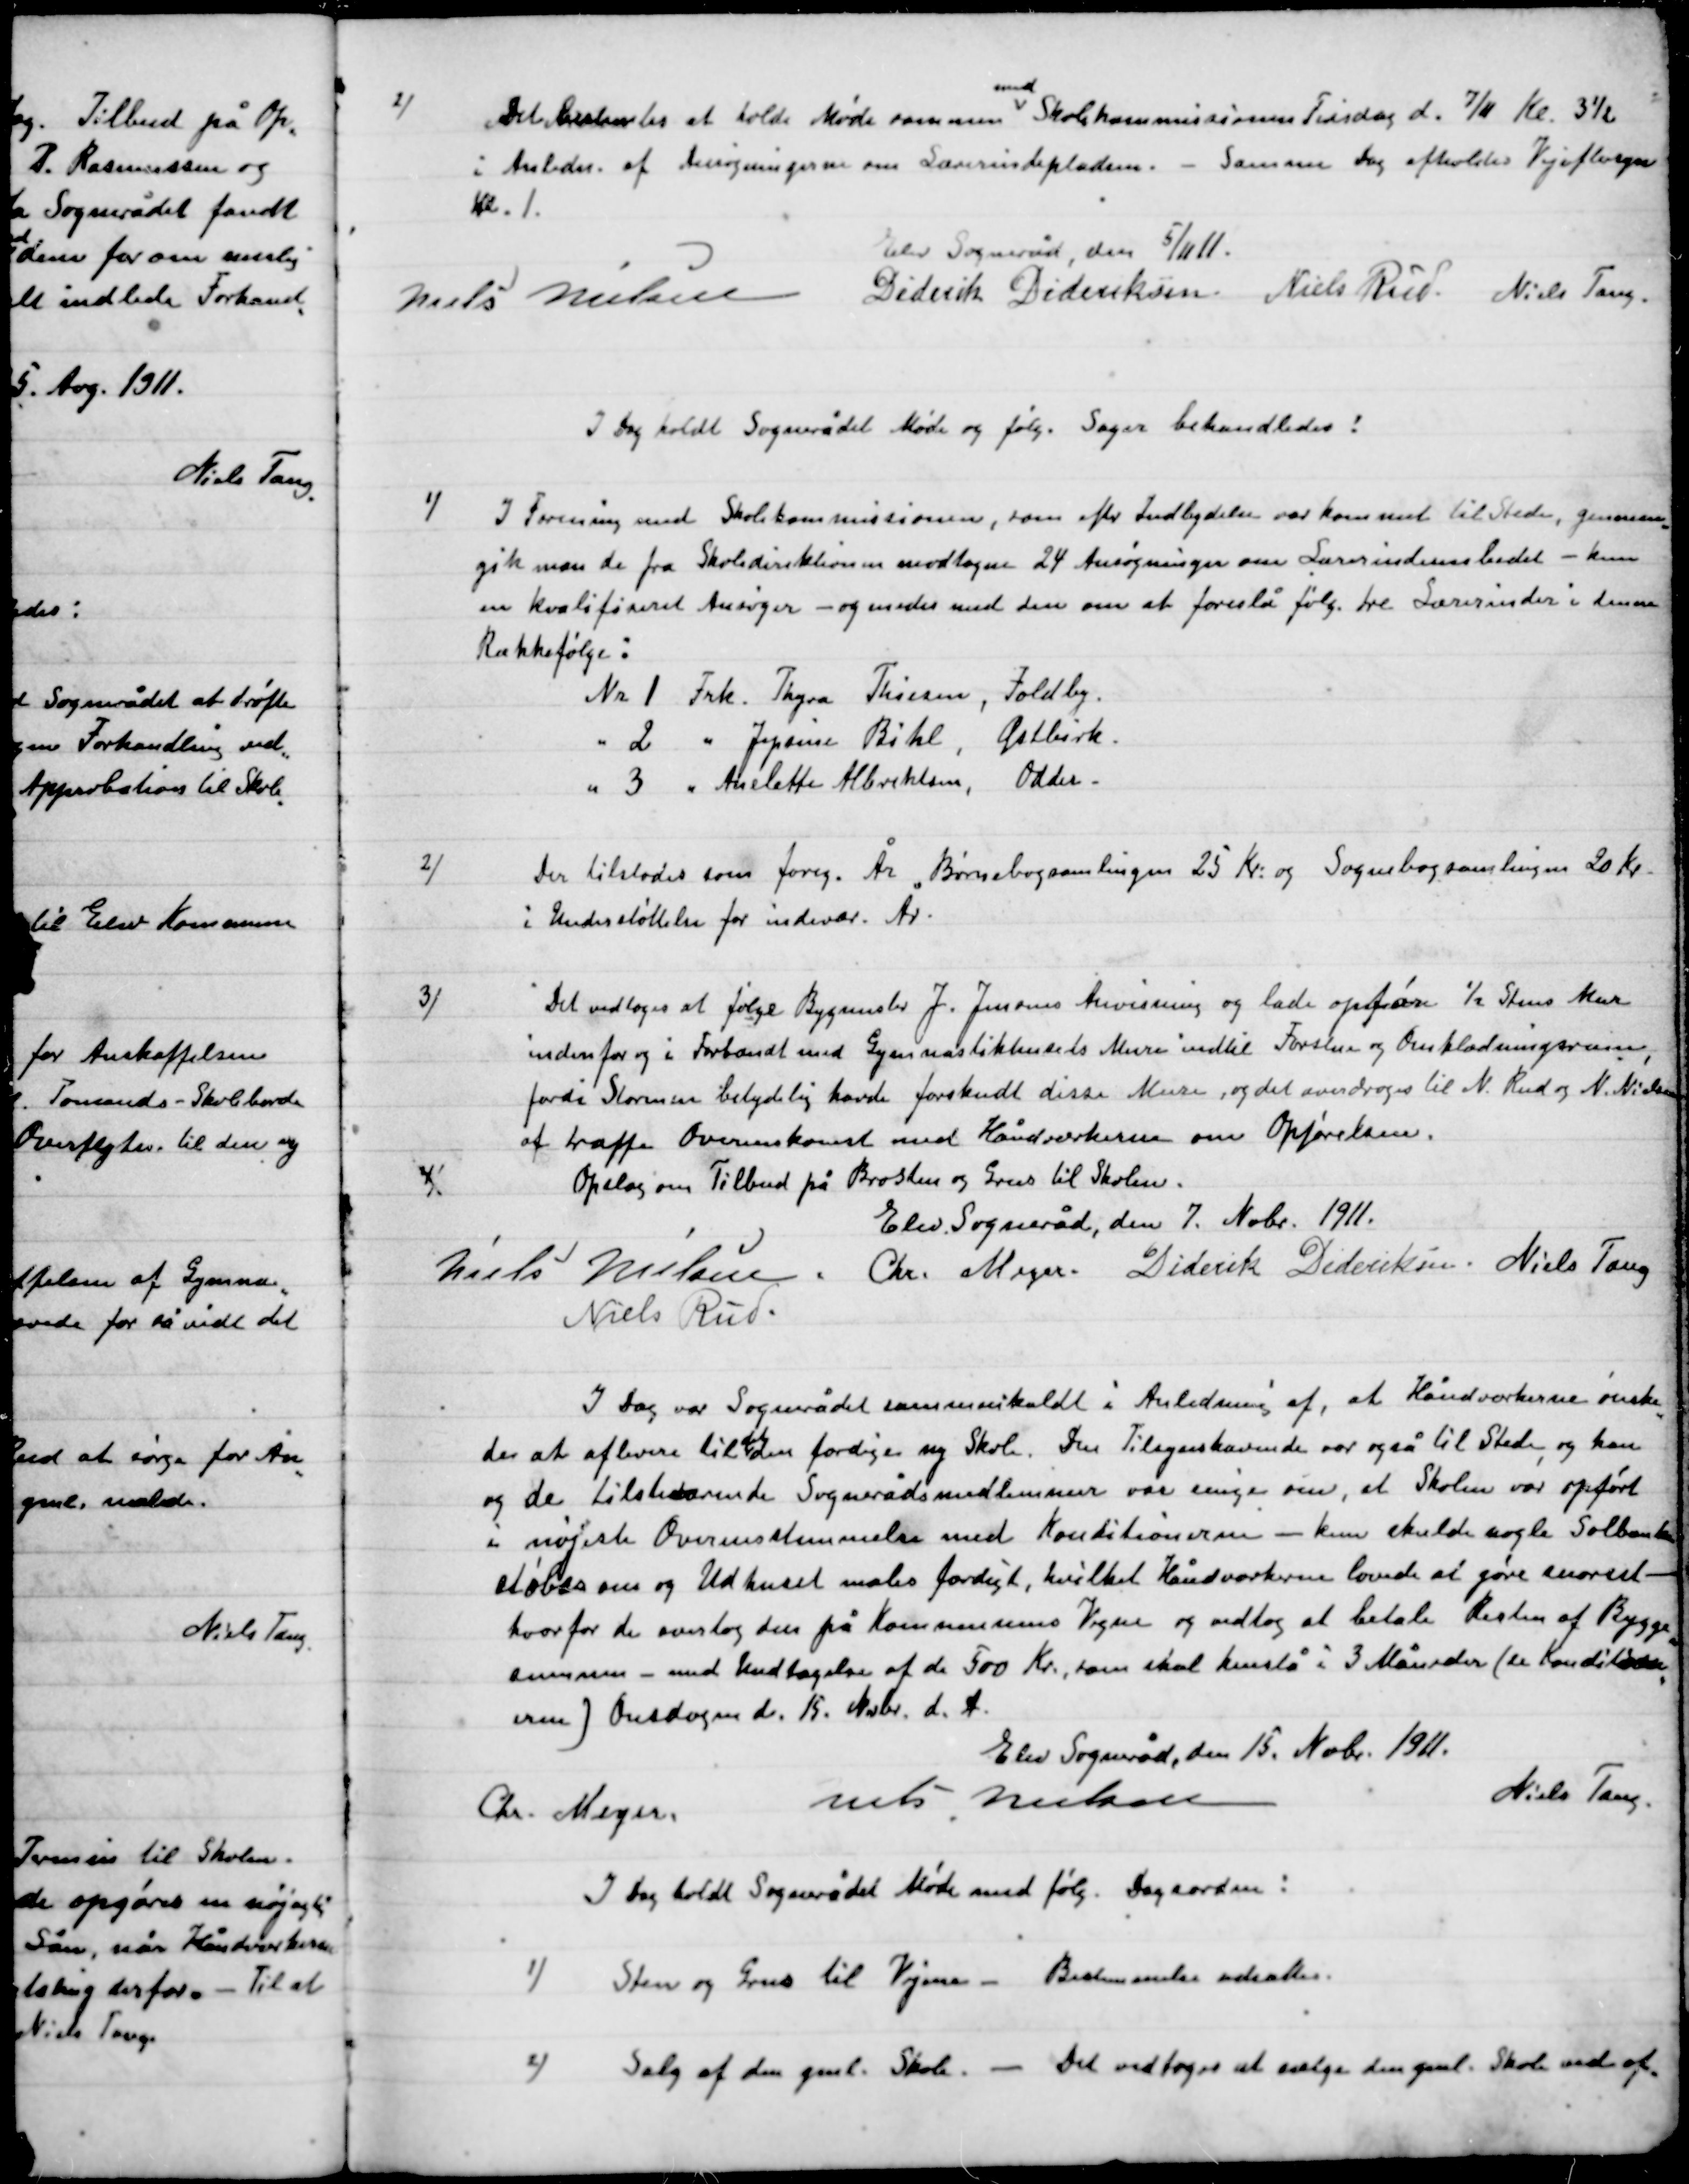
Transskription:
2)

Det Bestemtes at holde Møde sammen
med
Skolekommissionen Tirsdag d. 7/11 Kl. 3½
i Anledn. af Ansøgninger om Lærerinde pladsen. – Samme Dag afholdes Vejeftersyn
Kl. 1.

Elev Sogneråd den 5/11 11.

Niels Nielsen
Diderik Dideriksen
Niels Rud
Niels Tang.

I Dag holdt Sognerådet Møde og følg. Sager behandledes:

1)

I Forening med Skolekommissionen, som efter Indbydelse var kommet til Stede, gennem-
gik man de fra Skoledirektionen modtagne 24 Ansøgninger om Lærerinde embedet – kun
en kvalificeret ansøgning – og enedes med dem om at foreslå følg. tre Lærerinder i denne
Rækkefølge:
Nr. 1. Frk. Thyra Thiesen, Foldby.
Nr. 2.   -  Jepsine Bihl. Østbirk.
Nr. 3.   -   Anelotte Albrektsen, Odder

2)

Der tilstodes som forig. År. Børnebogssamlingen 25 Kr. og Sognebogsamlingen 20 Kr.
I Understøttelse for indevæ. År.

3)

Det vedtoges at følge Bygmester J. Jensens henvisning og lade opføre ½ stens Mur
Inden for og i Forbandt med Gymnastikhusets Mure indtil Forstue og Omklædningsrum
fordi Stormen betydelig havde forskudt disse murer og det overdroges til N. .Rud og N. Nielsen
af træffe Overenskomst med håndværkerne om Opførelsen.

4)

Opslag om Tilbud Brosten og Grus til skolen.

Elev Sogneråd den 7. Nobr. 1911.

Niels Nielsen.
Chr. Meyer
Diderik Dideriksen
Niels Tang.
Niels Rud.

I Dag var Sognerådet sammenkaldt i Anledningen af,  at Håndværkerne ønske-
de at aflevere til det den færdige nye Skole. Den Tilsynshavende var også til Stede, og han
og de til tilhørende Sognerådsmedlemmer var enige om, at Skolen var opført
i nøjeste Overensstemmelse med Konditionerne – kun skulde nogle Sålbænke
støbes om og Udhuset males færdigt, hvilket Håndværkerne lovede at gøre snarest. –
hvorfor de overtog den på Kommunens Vegne og vedtog at betale Resten af Bygge-
summen med undtagelse af de 500 Kr. som skal kundslå i 3 Måneder (ex Kreditor-
erne) Onsdagen den 15. Nobr. d. A.

Elev Sogneråd den 15. Nobr. 1911.

Chr. Meyer
Niels Nielsen
Niels Tang.

I Dag holdt Sognerådet Møde og følg. Dagsorden:

1)

Sten og Grus til Vejene - Bestemmelsen udsattes.

2)

Salg af den gaml. Skole – Det vedtoges at sælge den gaml. Skole ved of-